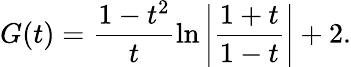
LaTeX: G(t)=\frac{1-t^{2}}{t}\ln\left|\frac{1+t}{1-t}\right|+2.